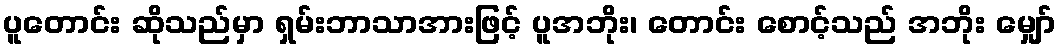
ပူတောင်း ဆိုသည်မှာ ရှမ်းဘာသာအားဖြင့် ပူအဘိုး၊ တောင်း စောင့်သည် အဘိုး မျှော်